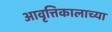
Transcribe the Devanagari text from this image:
आवृत्तिकालाच्या